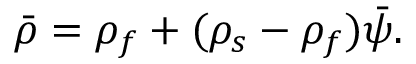
\bar { \rho } = \rho _ { f } + ( \rho _ { s } - \rho _ { f } ) \bar { \psi } .